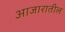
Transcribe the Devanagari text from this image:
आजारातील